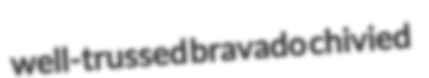
well-trussed bravado chivied